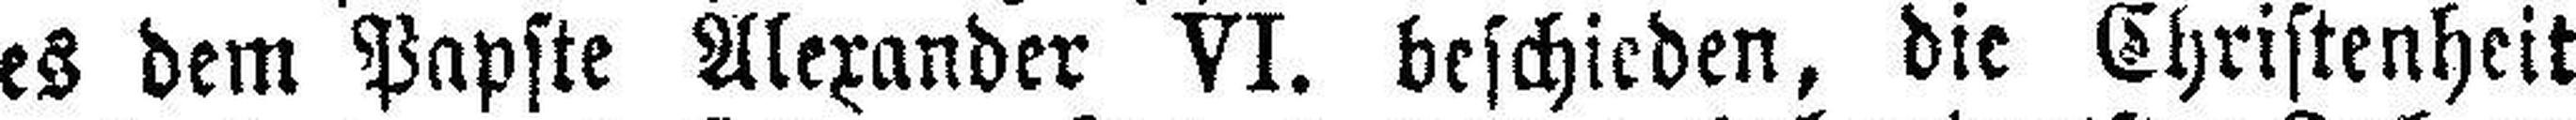
es dem Papste Alexander VI. beschieden, die Christenheit